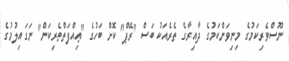
ނޫސްވެރިކަމުގެ މިނިވަންކަމުގެ ދާއިރާގެ ތެރެއަކު ބަސް "ރޭޕް" ކޮށް ބަހުގެ "ޢިއްފަތްތެރިކަން" ނަގައިލުމުގެ